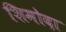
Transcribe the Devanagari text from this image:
शिमोदा